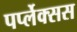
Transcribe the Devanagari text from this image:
पर्प्लेक्सस